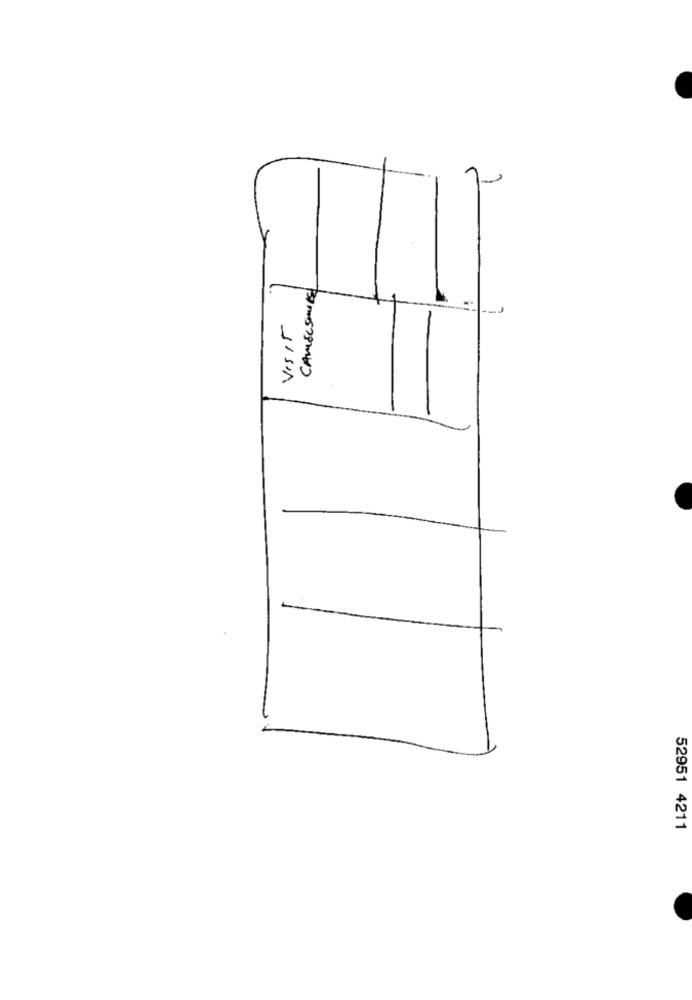
CAMELSMILE
11 51
52951 4211